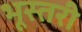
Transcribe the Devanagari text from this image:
भूस्तरी